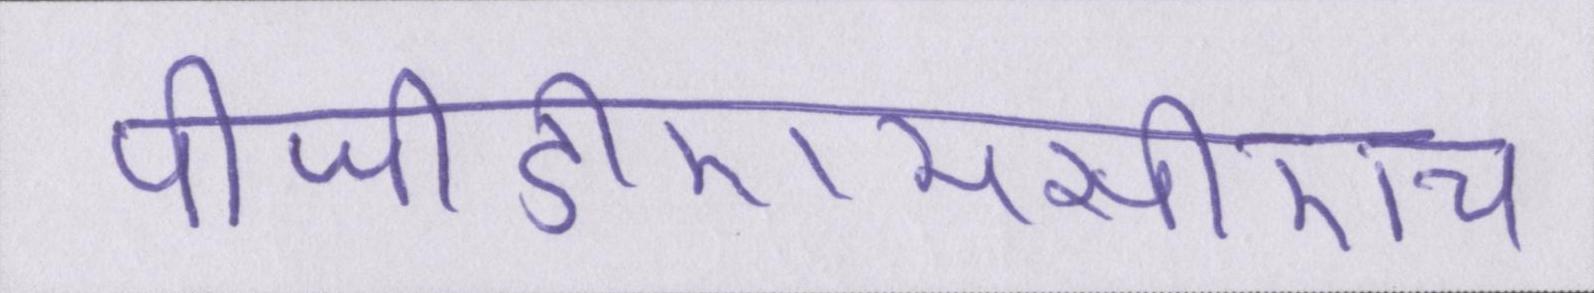
पीजीडीएमसीएच